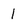
Character: I